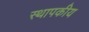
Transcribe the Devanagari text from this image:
स्थापकीय